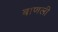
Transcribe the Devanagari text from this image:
बाणली